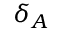
\delta _ { { A } }